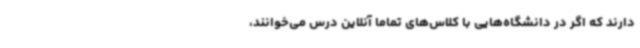
دارند که اگر در دانشگاه‌هایی با کلاس‌های تماما آنلاین درس می‌خوانند،